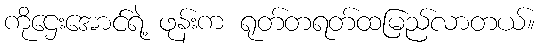
ကိုဌေးအောင်ရဲ့ ဖုန်းက ရုတ်တရတ်ထမြည်လာတယ်။